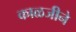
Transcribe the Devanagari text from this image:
काळजीने